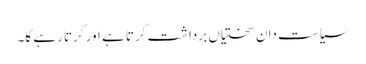
سیاست دان سختیاں برداشت کرتا ہے اور کرتا رہے گا۔